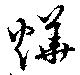
燁